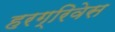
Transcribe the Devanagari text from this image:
हरग्रिवेस